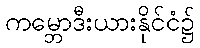
ကမ္ဘောဒီးယားနိုင်ငံ၌